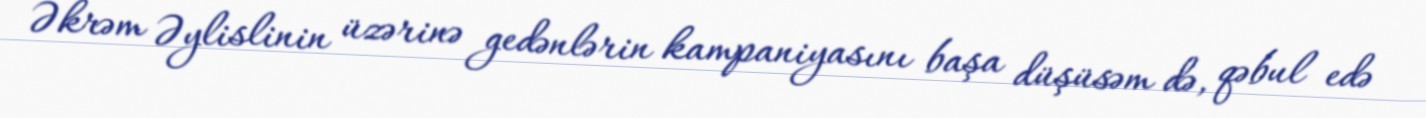
Əkrəm Əylislinin üzərinə gedənlərin kampaniyasını başa düşüsəm də, qəbul edə